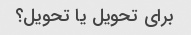
برای تحویل یا تحویل؟